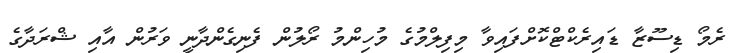
ރެމޯ ޑިސޫޒާ ޑައިރެކްޓްކޮށްފައިވާ މިފިލްމުގެ މުހިންމު ރޯލުން ފެނިގެންދާނީ ވަރުން އާއިި ޝްރަދާގެ